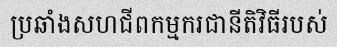
ប្រឆាំងសហជីពកម្មករជានីតិវិធីរបស់